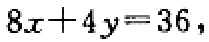
\(8x + 4y = 36\)